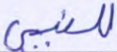
للنبي